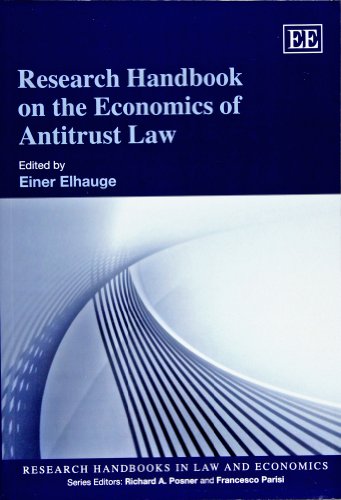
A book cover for Research Handbook on the Economics of Antitrust Law (Research Handbooks in Law and Economics series) (Elgar Original Reference); Einer R. Elhauge; Law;